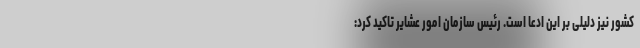
کشور نیز دلیلی بر این ادعا است. رئیس سازمان امور عشایر تاکید کرد: